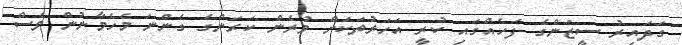
ގަދައިރު ސީޒަންގެ ފަހެއްގައި ކުރީ އަހަރުތަކަށް ވުރެން ކަރަންގެ ގެންނަ މެހެމާނުން ވެސް